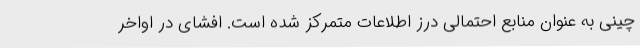
چینی به عنوان منابع احتمالی درز اطلاعات متمرکز شده است. افشای در اواخر